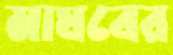
মাঘবের